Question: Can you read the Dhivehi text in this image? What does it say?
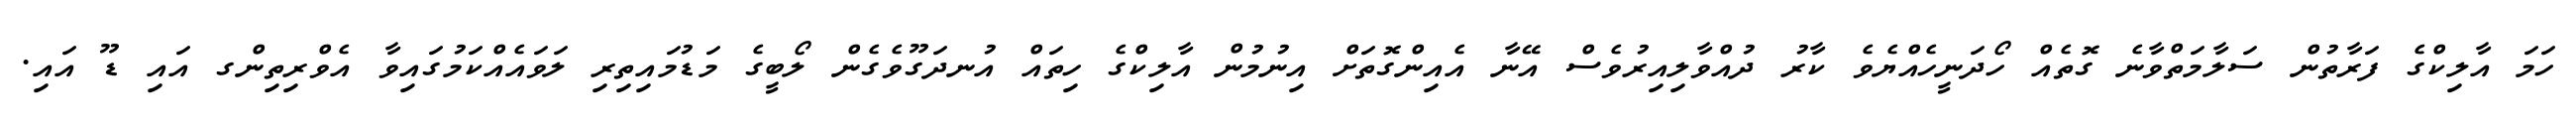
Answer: ހަމަ އާލިކްގެ ފަރާތުން ސަލާމަތްވާނެ ގޮތެއް ހޯދަނީހެއްޔެވެ ކާރު ދުއްވާލިއިރުވެސް އޭނާ އެއިންގޮތަށް އިނުމުން އާލިކްގެ ހިތައް އުނދަގޫވެގެން ލޯބީގެ މަޑުމައިތިރި ލަވައެއްކަމުގައިވާ އެވްރިތިންގ އައި ޑޫ އައި.